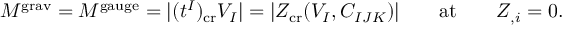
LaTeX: M ^ { \mathrm { g r a v } } = M ^ { \mathrm { g a u g e } } = | ( t ^ { I } ) _ { \mathrm { c r } } V _ { I } | = | Z _ { \mathrm { c r } } ( V _ { I } , C _ { I J K } ) | \qquad \mathrm { a t } \qquad Z _ { , i } = 0 .